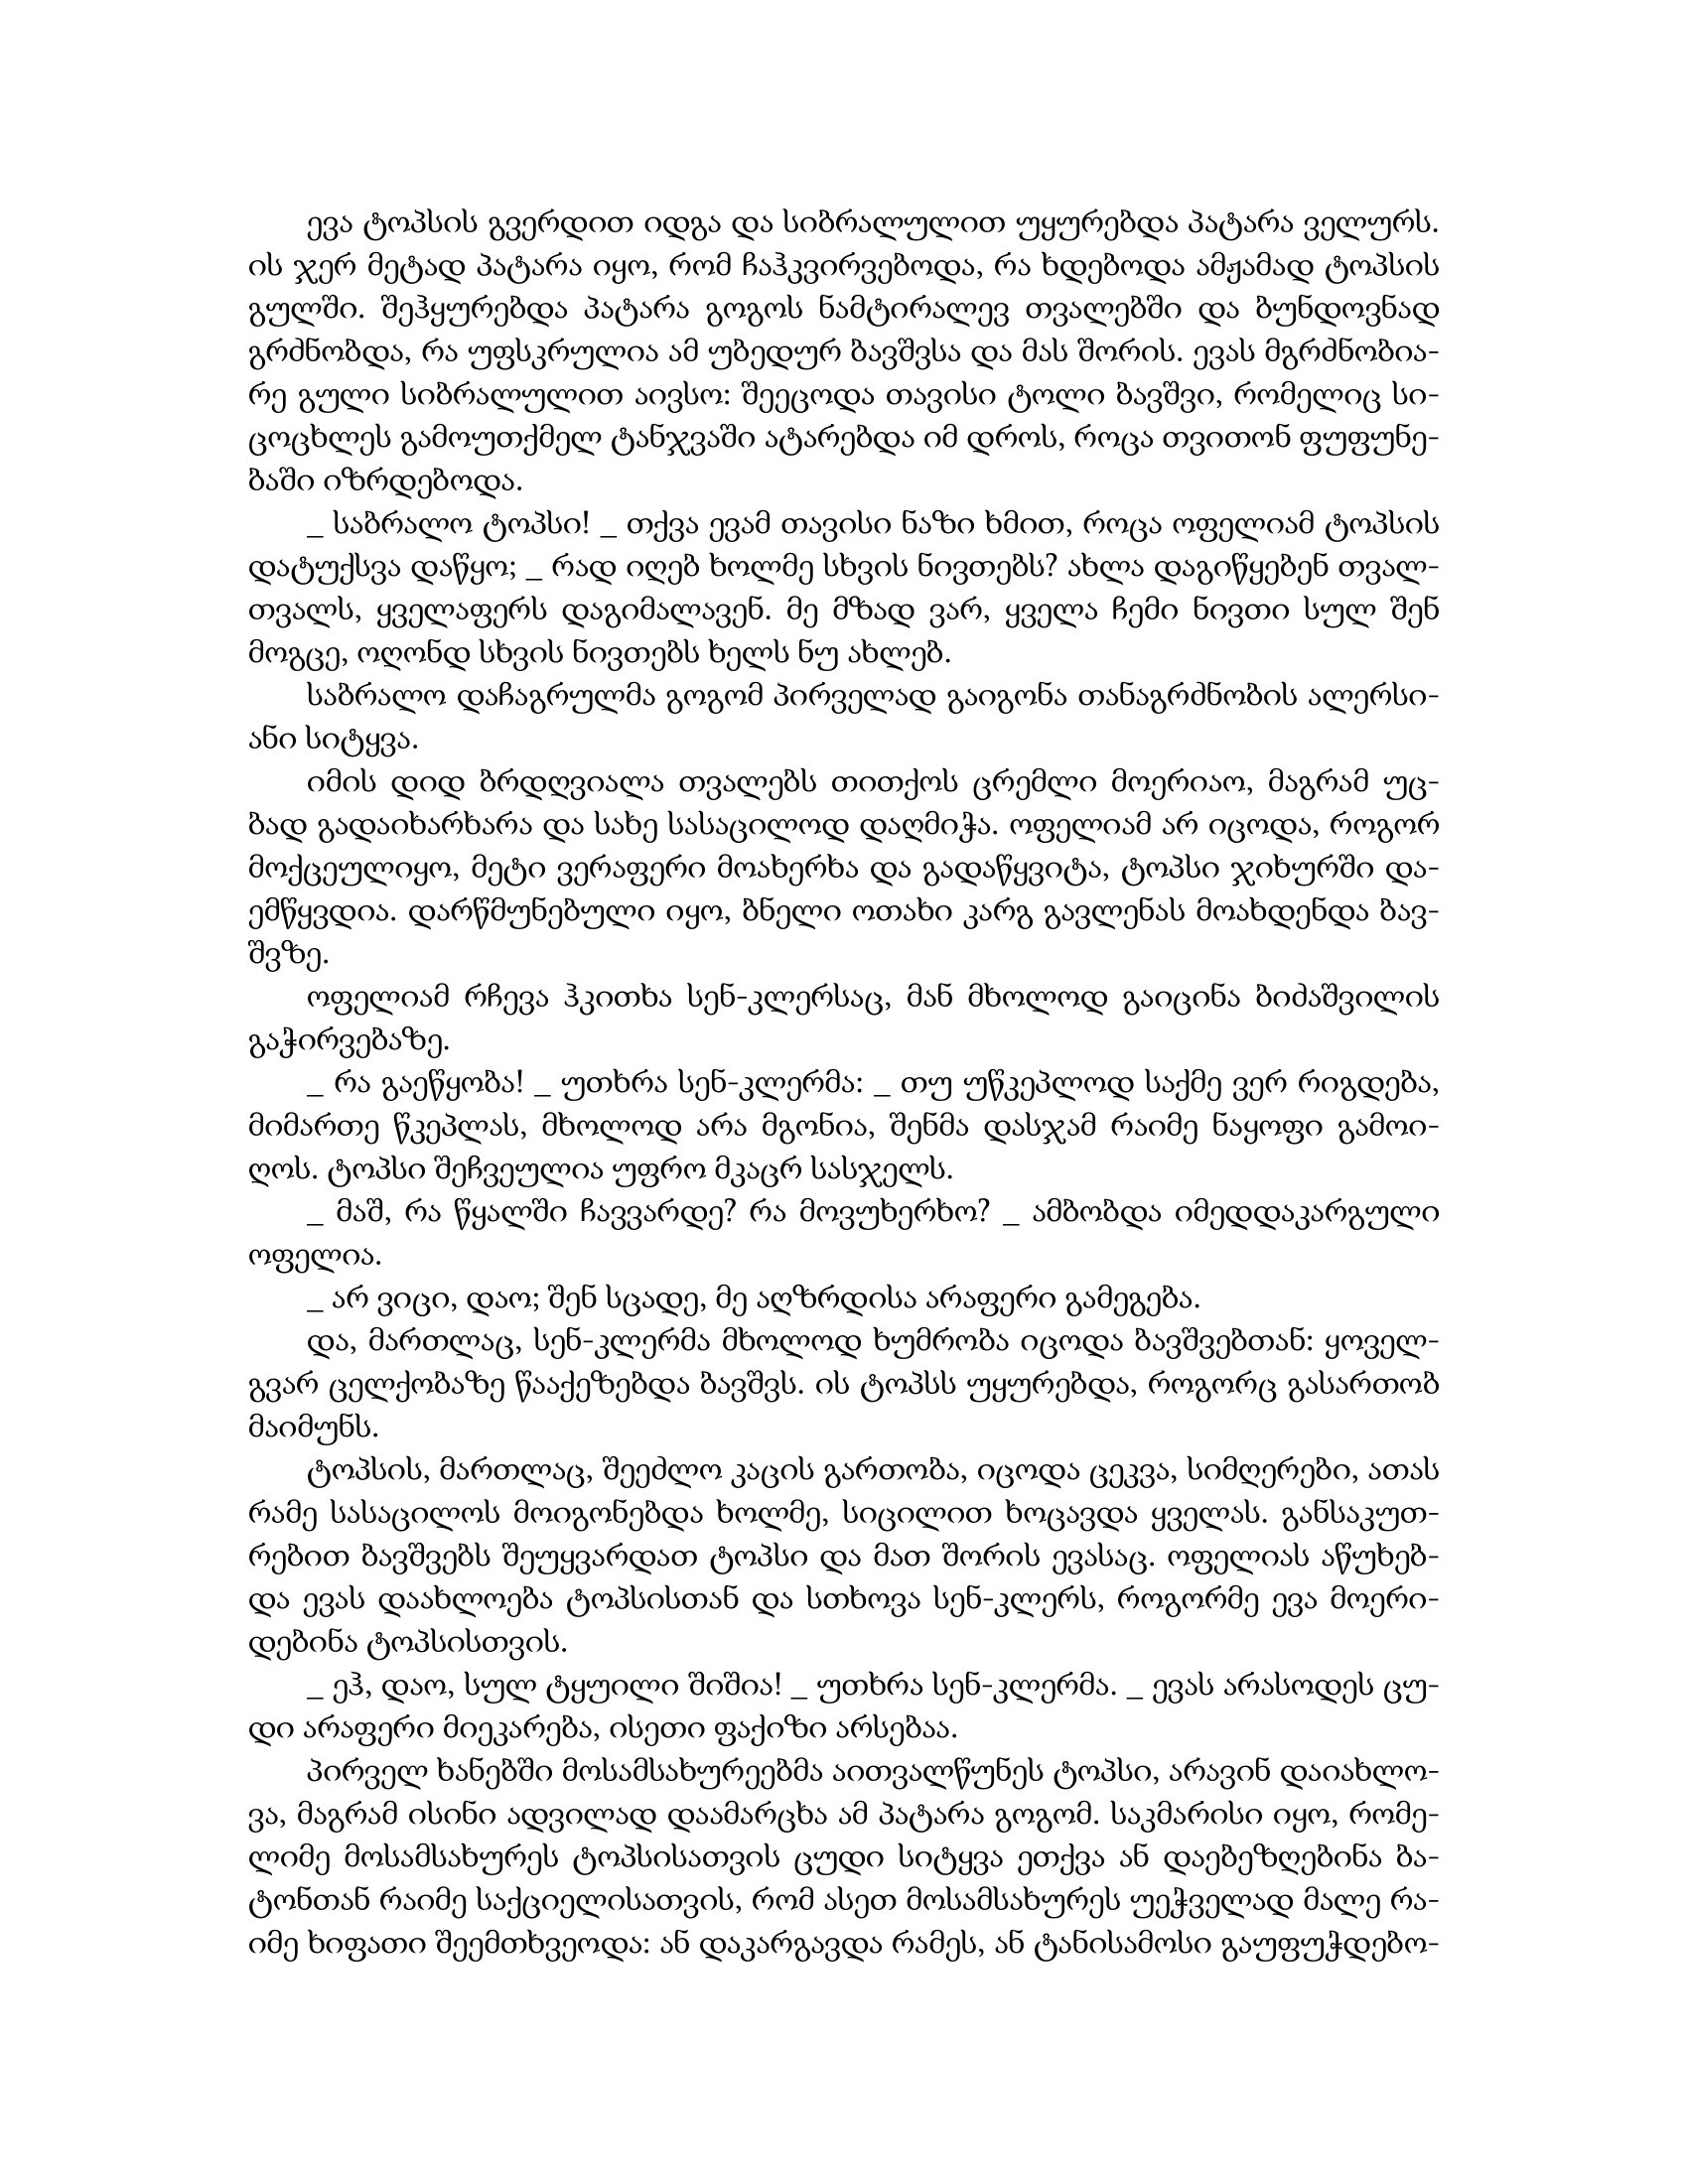
Language: gr